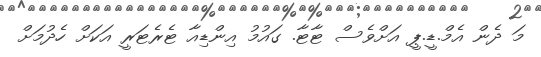
މަ ދެން އެމް.ޑީ.ޕީ އަށްވެސް ޓާޓާ. ގައުމު އިންޑިއާ ޓެރެޓަރީ އަކަށް ހެދުމަށް